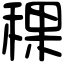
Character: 稞